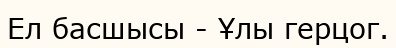
Ел басшысы - Ұлы герцог.